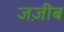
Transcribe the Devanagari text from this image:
जज़ीब